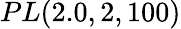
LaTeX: PL(2.0,2,100)